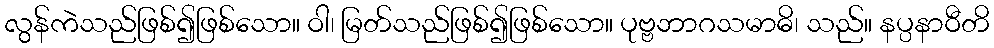
လွန်ကဲသည်ဖြစ်၍ဖြစ်သော။ ဝါ၊ မြတ်သည်ဖြစ်၍ဖြစ်သော။ ပုဗ္ဗဘာဂသမာဓိ၊ သည်။ နပ္ပနာဝီတိ